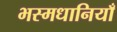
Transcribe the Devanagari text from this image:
भस्मधानियाँ